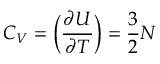
C _ { V } = \biggl ( { \frac { \partial U } { \partial T } } \biggr ) = { \frac { 3 } { 2 } } N